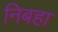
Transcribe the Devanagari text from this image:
निबहा